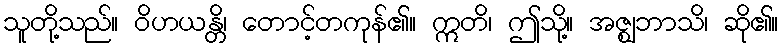
သူတို့သည်။ ဝိဟယန္တိ၊ တောင့်တကုန်၏။ ဣတိ၊ ဤသို့။ အဇ္ဈဘာသိ၊ ဆို၏။